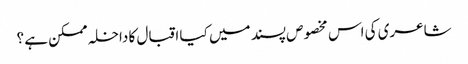
شاعری کی اس مخصوص پسند میں کیا اقبال کا داخلہ ممکن ہے ؟